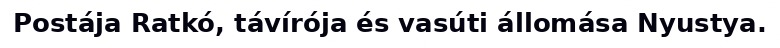
Postája Ratkó, távírója és vasúti állomása Nyustya.